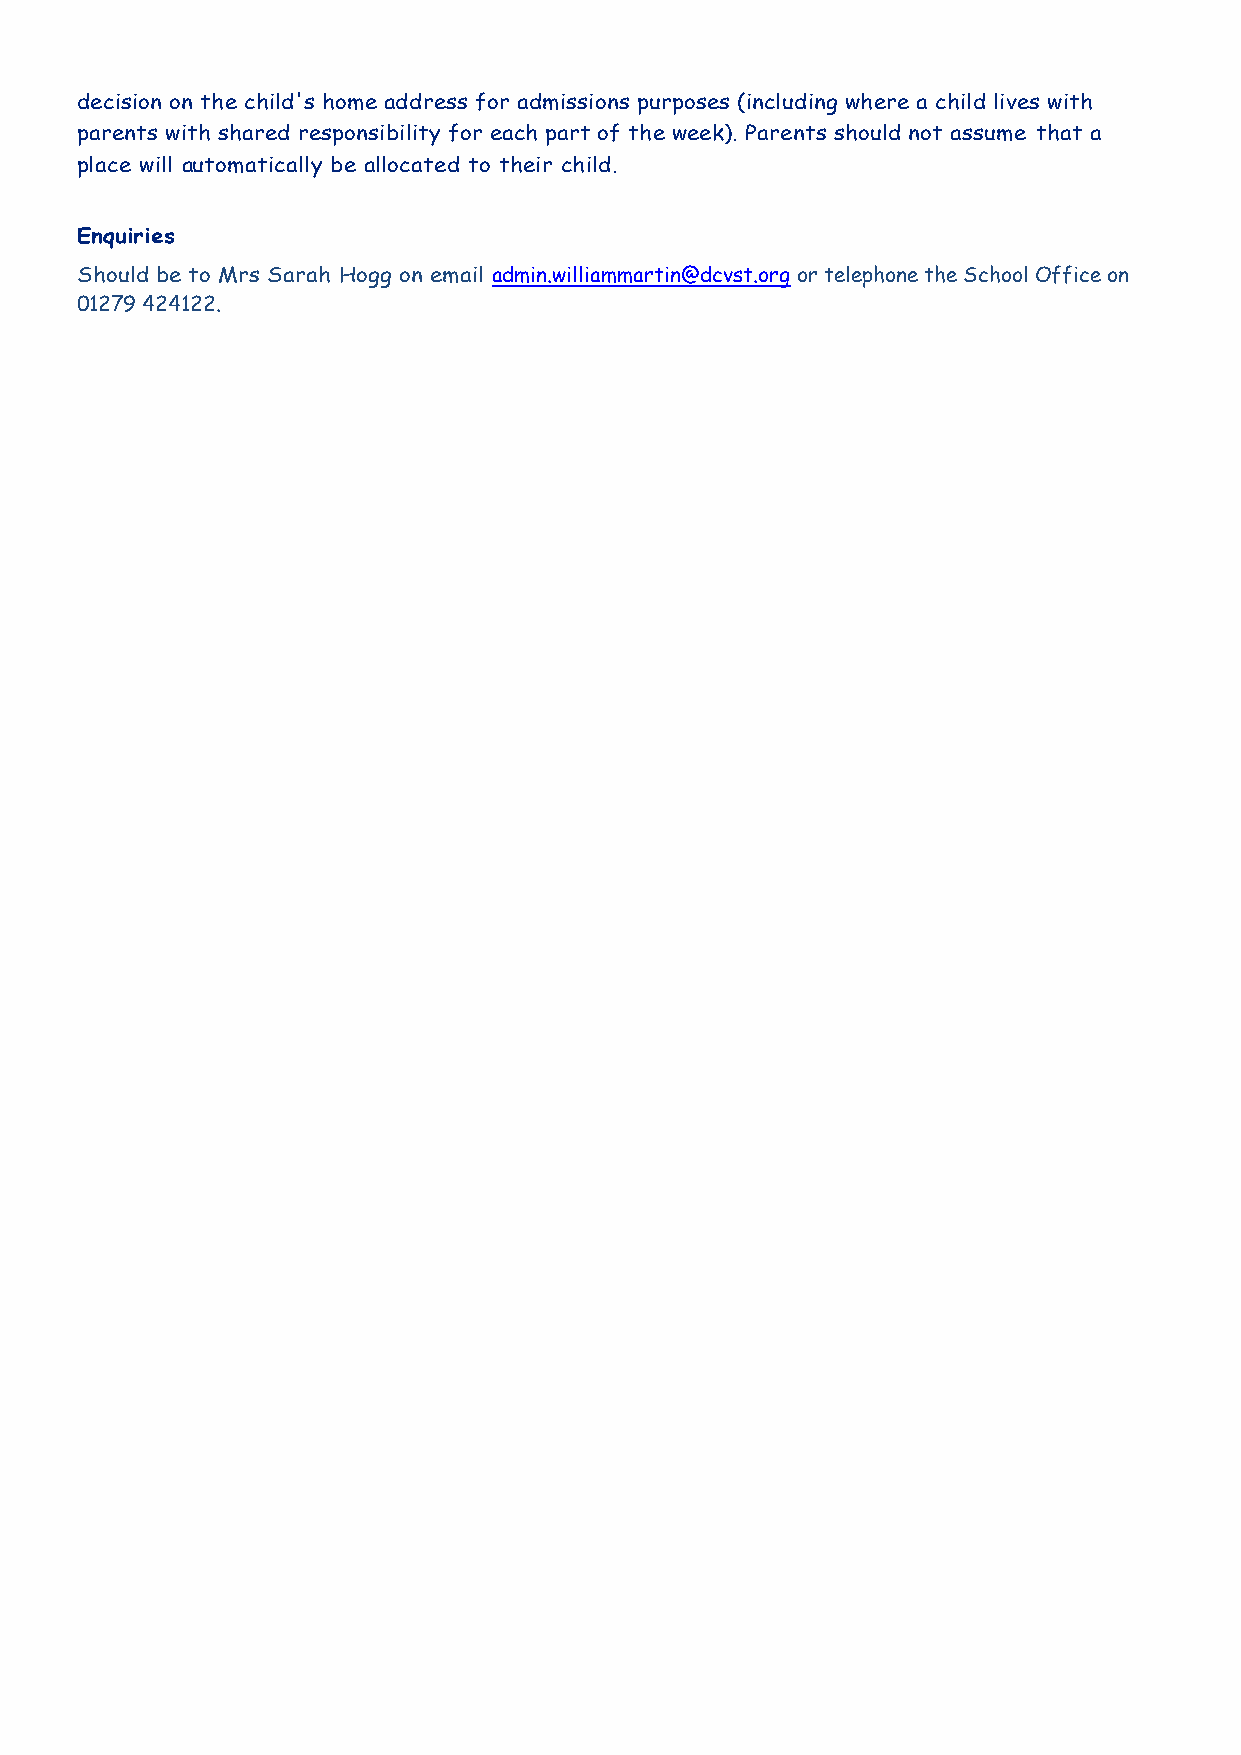
decision on the child's home address for admissions purposes (including where a child lives with
 parents with shared responsibility for each part of the week). Parents should not assume that a
 place will automatically be allocated to their child.
 Enquiries
 Should be to Mrs Sarah Hogg on email admin.williammartin@dcvst.org or telephone the School Office on
 01279 424122.